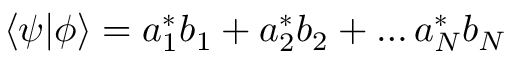
\langle \psi | \phi \rangle = a _ { 1 } ^ { * } b _ { 1 } + a _ { 2 } ^ { * } b _ { 2 } + \ldots a _ { N } ^ { * } b _ { N }